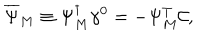
\overline { { { \Psi } } } _ { M } \equiv \Psi _ { M } ^ { \dagger } \gamma ^ { 0 } = - \Psi _ { M } ^ { T } \mathcal { C } ,